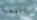
بالتغطية